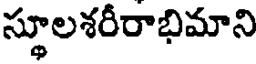
స్థూలశరీరాభిమాని